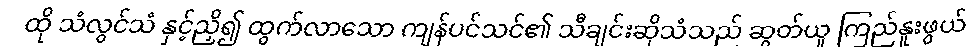
ထို သံလွင်သံ နှင့်ညှိ၍ ထွက်လာသော ကျန်ပင်သင်၏ သီချင်းဆိုသံသည် ဆွတ်ယူ ကြည်နူးဖွယ်